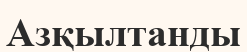
Азқылтанды